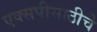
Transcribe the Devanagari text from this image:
एक्सपीसाठीचे